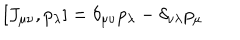
[ J _ { \mu \nu } , p _ { \lambda } ] = \delta _ { \mu \nu } p _ { \lambda } - \delta _ { \nu \lambda } p _ { \mu }